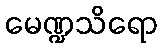
မေဏ္ဍသိရော